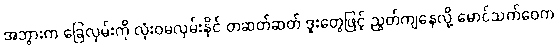
အဘွားက ခြေလှမ်းကို လုံးဝမလှမ်းနိုင် တဆတ်ဆတ် ဒူးတွေဖြင့် ညွတ်ကျနေလို့ မောင်သက်ဝေက